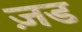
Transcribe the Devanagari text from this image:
ज़ड